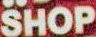
SHOP